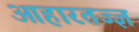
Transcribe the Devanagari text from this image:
आहारतज्ज्ञ